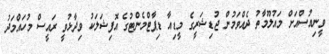
ވީނިއުސްއަށް މައުލޫމާތު ދެއްވަމުން ޖުޑިޝަރީގެ މީޑިއާ ޑިޕާޓްމެންޓުގެ އޮފިޝަލަކު ވިދާޅުވީ ރައީސް މުހައްމަދު